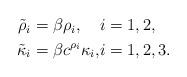
LaTeX: \begin{align*}\begin{alignedat}{2}\tilde\rho_i &= \beta\rho_i, & & i=1,2,\\\tilde\kappa_i &= \beta c^{\rho_i}\kappa_i, & & i=1,2,3.\end{alignedat}\end{align*}